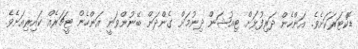
ޑޮކްޓަރަކަށެވެ. އަންހެން ދަރިފުޅަށް ޓިއުޝަން ދިނުމަށް ގެންދަން ބޭނުންވަނީ އަންހެން ޓީޗަރެއް ކައިރިއަށެވެ.